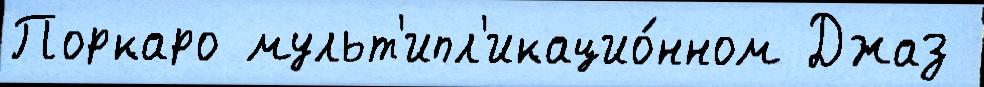
Поркаро мульт'ипл'икацио́нном Джаз